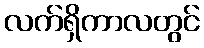
လက်ရှိကာလတွင်